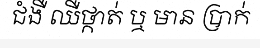
ជំងឺ ឈឺថ្កាត់ ឬ មាន ប្រាក់